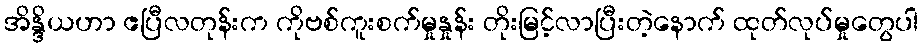
အိန္ဒိယဟာ ဧပြီလတုန်းက ကိုဗစ်ကူးစက်မှုနှုန်း တိုးမြင့်လာပြီးတဲ့နောက် ထုတ်လုပ်မှုတွေပါ